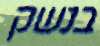
בנשק